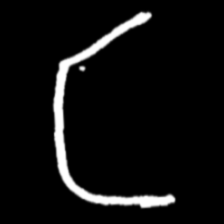
Pyu character \u2014 Myanmar letter: င (romanized: nga)